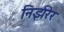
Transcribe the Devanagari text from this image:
निर्झरेर